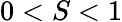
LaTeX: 0<S<1